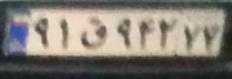
۹۱ق۹۲۴۷۷